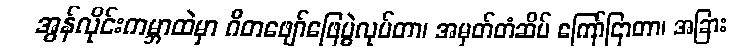
အွန်လိုင်းကမ္ဘာထဲမှာ ဂီတဖျော်ဖြေပွဲလုပ်တာ၊ အမှတ်တံဆိပ် ကြော်ငြာတာ၊ အခြား